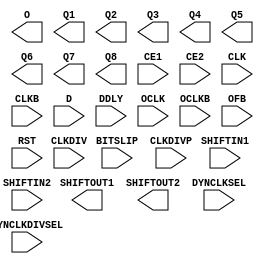
// This program was cloned from: https://github.com/openXC7/demo-projects
// License: BSD 3-Clause "New" or "Revised" License


module ISERDESE2 (
  O,
  Q1,
  Q2,
  Q3,
  Q4,
  Q5,
  Q6,
  Q7,
  Q8,
  SHIFTOUT1,
  SHIFTOUT2,

  BITSLIP,
  CE1,
  CE2,
  CLK,
  CLKB,
  CLKDIV,
  CLKDIVP,
  D,
  DDLY,
  DYNCLKDIVSEL,
  DYNCLKSEL,
  OCLK,
  OCLKB,
  OFB,
  RST,
  SHIFTIN1,
  SHIFTIN2
);

  parameter DATA_RATE = "DDR";
  parameter integer DATA_WIDTH = 4;
  parameter DYN_CLKDIV_INV_EN = "FALSE";
  parameter DYN_CLK_INV_EN = "FALSE";
  parameter [0:0] INIT_Q1 = 1'b0;
  parameter [0:0] INIT_Q2 = 1'b0;
  parameter [0:0] INIT_Q3 = 1'b0;
  parameter [0:0] INIT_Q4 = 1'b0;
  parameter INTERFACE_TYPE = "MEMORY";
  parameter IOBDELAY = "NONE";
  parameter [0:0] IS_CLKB_INVERTED = 1'b0;
  parameter [0:0] IS_CLKDIVP_INVERTED = 1'b0;
  parameter [0:0] IS_CLKDIV_INVERTED = 1'b0;
  parameter [0:0] IS_CLK_INVERTED = 1'b0;
  parameter [0:0] IS_D_INVERTED = 1'b0;
  parameter [0:0] IS_OCLKB_INVERTED = 1'b0;
  parameter [0:0] IS_OCLK_INVERTED = 1'b0;

  `ifdef XIL_TIMING //Simprim
  parameter LOC = "UNPLACED";
  `endif
  parameter integer NUM_CE = 2;
  parameter OFB_USED = "FALSE";
  parameter SERDES_MODE = "MASTER";
  parameter [0:0] SRVAL_Q1 = 1'b0;
  parameter [0:0] SRVAL_Q2 = 1'b0;
  parameter [0:0] SRVAL_Q3 = 1'b0;
  parameter [0:0] SRVAL_Q4 = 1'b0;

  localparam in_delay = 0;
  localparam out_delay = 0;
  localparam INCLK_DELAY = 0;
  localparam OUTCLK_DELAY = 0;

  output O;
  output Q1;
  output Q2;
  output Q3;
  output Q4;
  output Q5;
  output Q6;
  output Q7;
  output Q8;
  output SHIFTOUT1;
  output SHIFTOUT2;

  input BITSLIP;
  input CE1;
  input CE2;
  input CLK;
  input CLKB;
  input CLKDIV;
  input CLKDIVP;
  input D;
  input DDLY;
  input DYNCLKDIVSEL;
  input DYNCLKSEL;
  input OCLK;
  input OCLKB;
  input OFB;
  input RST;
  input SHIFTIN1;
  input SHIFTIN2;

endmodule



module OSERDESE2 (
  OFB,
  OQ,
  SHIFTOUT1,
  SHIFTOUT2,
  TBYTEOUT,
  TFB,
  TQ,

  CLK,
  CLKDIV,
  D1,
  D2,
  D3,
  D4,
  D5,
  D6,
  D7,
  D8,
  OCE,
  RST,
  SHIFTIN1,
  SHIFTIN2,
  T1,
  T2,
  T3,
  T4,
  TBYTEIN,
  TCE
);

  parameter DATA_RATE_OQ = "DDR";
  parameter DATA_RATE_TQ = "DDR";
  parameter integer DATA_WIDTH = 4;
  parameter [0:0] INIT_OQ = 1'b0;
  parameter [0:0] INIT_TQ = 1'b0;
  parameter [0:0] IS_CLKDIV_INVERTED = 1'b0;
  parameter [0:0] IS_CLK_INVERTED = 1'b0;
  parameter [0:0] IS_D1_INVERTED = 1'b0;
  parameter [0:0] IS_D2_INVERTED = 1'b0;
  parameter [0:0] IS_D3_INVERTED = 1'b0;
  parameter [0:0] IS_D4_INVERTED = 1'b0;
  parameter [0:0] IS_D5_INVERTED = 1'b0;
  parameter [0:0] IS_D6_INVERTED = 1'b0;
  parameter [0:0] IS_D7_INVERTED = 1'b0;
  parameter [0:0] IS_D8_INVERTED = 1'b0;
  parameter [0:0] IS_T1_INVERTED = 1'b0;
  parameter [0:0] IS_T2_INVERTED = 1'b0;
  parameter [0:0] IS_T3_INVERTED = 1'b0;
  parameter [0:0] IS_T4_INVERTED = 1'b0;


  `ifdef XIL_TIMING //Simprim
  parameter LOC = "UNPLACED";
  `endif
  parameter SERDES_MODE = "MASTER";
  parameter [0:0] SRVAL_OQ = 1'b0;
  parameter [0:0] SRVAL_TQ = 1'b0;
  parameter TBYTE_CTL = "FALSE";
  parameter TBYTE_SRC = "FALSE";
  parameter integer TRISTATE_WIDTH = 4;

  localparam in_delay = 0;
  localparam out_delay = 0;
  localparam INCLK_DELAY = 0;
  localparam OUTCLK_DELAY = 0;

  output OFB;
  output OQ;
  output SHIFTOUT1;
  output SHIFTOUT2;
  output TBYTEOUT;
  output TFB;
  output TQ;

  input CLK;
  input CLKDIV;
  input D1;
  input D2;
  input D3;
  input D4;
  input D5;
  input D6;
  input D7;
  input D8;
  input OCE;
  input RST;
  input SHIFTIN1;
  input SHIFTIN2;
  input T1;
  input T2;
  input T3;
  input T4;
  input TBYTEIN;
  input TCE;

endmodule